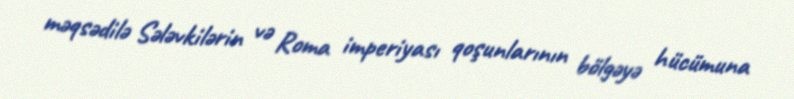
məqsədilə Sələvkilərin və Roma imperiyası qoşunlarının bölgəyə hücümuna